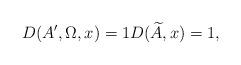
LaTeX: \begin{align*}D(A',\Omega,x)=1D(\widetilde A,x)=1, \end{align*}